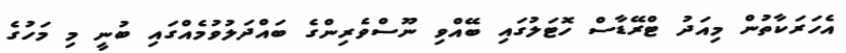
އެހަރަކާތުން މިއަދު ޓްރޭޑާސް ހޮޓަލުގައި ބޭއްވި ނޫސްވެރިންގެ ބައްދަލުވުމެއްގައި ބުނީ މި މަހުގެ